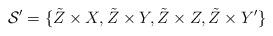
LaTeX: \begin{align*}\mathcal{S}' = \{ \tilde{Z}\times X, \tilde{Z}\times Y,\tilde{Z}\times Z,\tilde{Z}\times Y'\}\end{align*}